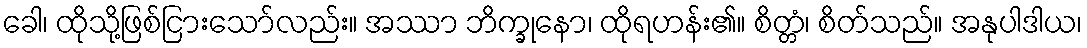
ခေါ၊ ထိုသို့ဖြစ်ငြားသော်လည်း။ အဿာ ဘိက္ခုနော၊ ထိုရဟန်း၏။ စိတ္တံ၊ စိတ်သည်။ အနုပါဒါယ၊